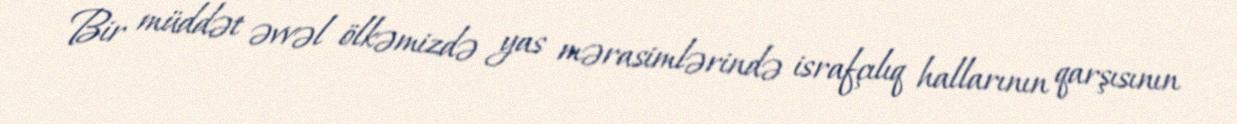
Bir müddət əvvəl ölkəmizdə yas mərasimlərində israfçılıq hallarının qarşısının